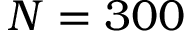
N = 3 0 0